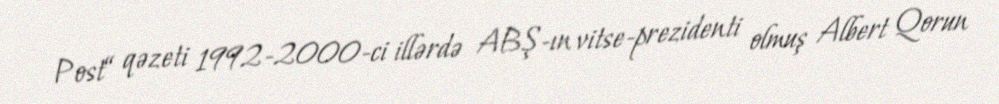
Post“ qəzeti 1992-2000-ci illərdə ABŞ-ın vitse-prezidenti olmuş Albert Qorun